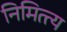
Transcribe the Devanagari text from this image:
निमित्त्य